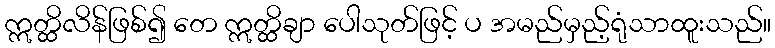
ဣတ္ထိလိန်ဖြစ်၍ တေ ဣတ္ထိချာ ပေါသုတ်ဖြင့် ပ အမည်မှည့်ရုံသာထူးသည်။